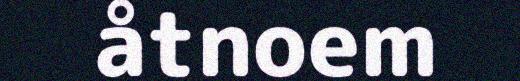
åtnoem